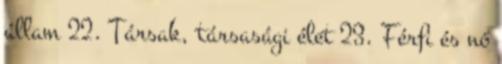
állam 22. Társak, társasági élet 23. Férfi és nő